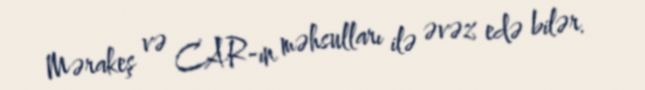
Mərakeş və CAR-ın məhsulları ilə əvəz edə bilər.